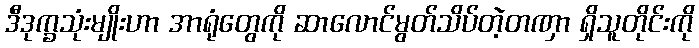
ဒီဒုက္ခသုံးမျိုးဟာ အာရုံတွေကို ဆာလောင်မွတ်သိပ်တဲ့တဏှာ ရှိသူတိုင်းကို